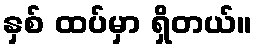
နှစ် ထပ်မှာ ရှိတယ်။